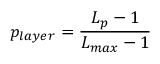
p _ { l a y e r } = \frac { L _ { p } - 1 } { L _ { m a x } - 1 }